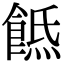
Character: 𩜡